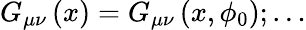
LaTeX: G_{\mu\nu}\left(x\right)=G_{\mu\nu}\left(x,\phi_{0}\right);\ldots